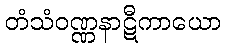
တံသံဝဏ္ဏနာဋီကာယော